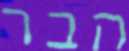
הבר